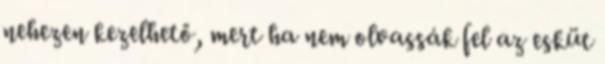
nehezen kezelhető, mert ha nem olvassák fel az esküt